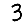
Digit: 3